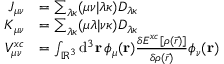
\begin{array} { r l } { J _ { \mu \nu } } & { = \sum _ { \lambda \kappa } ( \mu \nu \vert \lambda \kappa ) D _ { \lambda \kappa } } \\ { K _ { \mu \nu } } & { = \sum _ { \lambda \kappa } ( \mu \lambda \vert \nu \kappa ) D _ { \lambda \kappa } } \\ { V _ { \mu \nu } ^ { x c } } & { = \int _ { \mathbb { R } ^ { 3 } } \mathrm { d } ^ { 3 } \ensuremath \mathbf { r } \, \phi _ { \mu } ( \ensuremath \mathbf { r } ) \frac { \delta E ^ { x c } [ \rho ( \vec { r } ) ] } { \delta \rho ( \vec { r } ) } \phi _ { \nu } ( \ensuremath \mathbf { r } ) } \end{array}